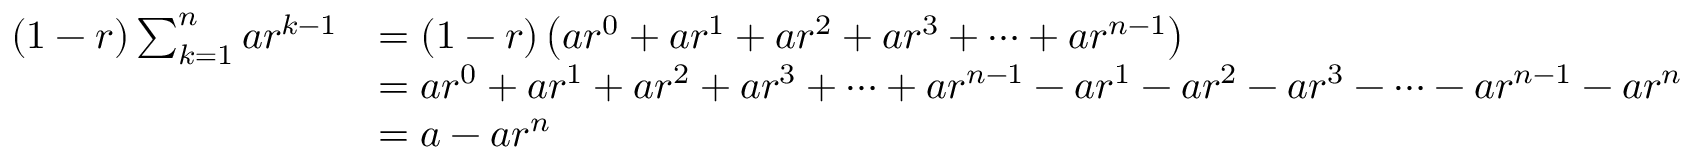
{ \begin{array} { r l } { ( 1 - r ) \sum _ { k = 1 } ^ { n } a r ^ { k - 1 } } & { = ( 1 - r ) \left( a r ^ { 0 } + a r ^ { 1 } + a r ^ { 2 } + a r ^ { 3 } + \cdots + a r ^ { n - 1 } \right) } \\ & { = a r ^ { 0 } + a r ^ { 1 } + a r ^ { 2 } + a r ^ { 3 } + \cdots + a r ^ { n - 1 } - a r ^ { 1 } - a r ^ { 2 } - a r ^ { 3 } - \cdots - a r ^ { n - 1 } - a r ^ { n } } \\ & { = a - a r ^ { n } } \end{array} }